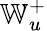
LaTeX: \mathbb{W}_{u}^{+}